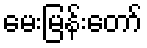
မေးမြန်းတော်